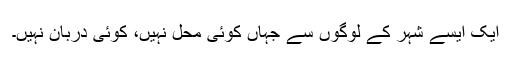
ایک ایسے شہر کے لوگوں سے جہاں کوئی محل نہیں، کوئی دربان نہیں۔